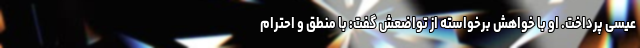
عیسی پرداخت. او با خواهش برخواسته از تواضعش گفت: با منطق و احترام